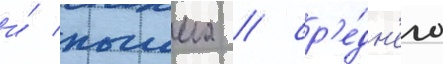
и́ пышма / ср'е́дн'его